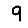
Digit: 9